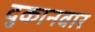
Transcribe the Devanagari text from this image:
दुकानवार